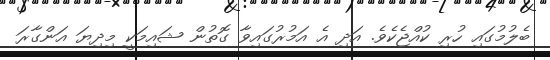
ބެލުމުގައި ހުރި ކުއްޖެކެވެ. އަދި އެ އަމުރުގައިވާ ގޮތުން ޝައިމަކީ މިދިޔަ އަންގާރަ